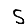
Digit: 5